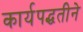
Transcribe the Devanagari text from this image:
कार्यपद्धतीने